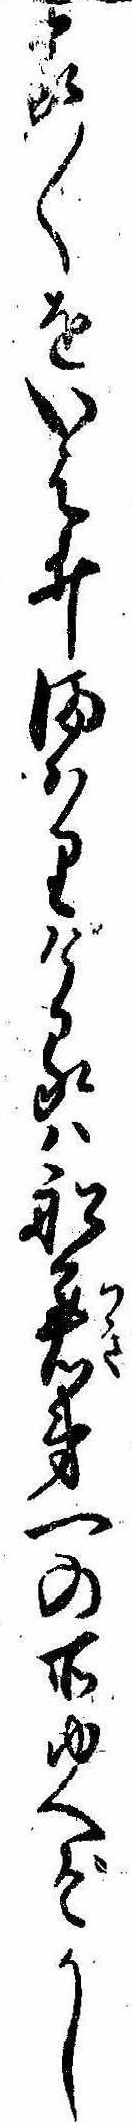
家〱をいはゐまはりけるは船着第一の所ゆへぞかし